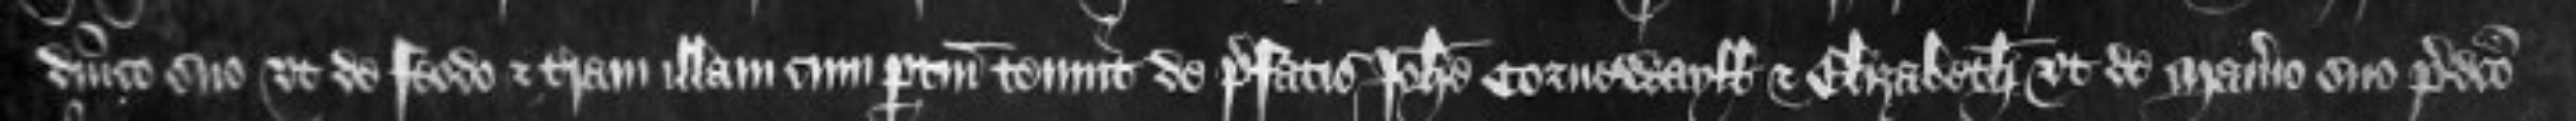
dominico suo ut de feodo et terram illam cum pertinenciis tenuit de prefatis Johanne Cornewayll et Elizabeth ut de manerio suo predicto